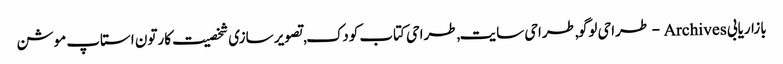
بازاریابی Archives - طراحی لوگو,طراحی سایت,طراحی کتاب کودک,تصویر سازی شخصیت کارتون استاپ موشن